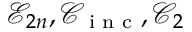
\mathcal { E } _ { 2 n } , \mathcal { C } _ { \textnormal { \scriptsize i n c } } , \mathcal { C } _ { 2 }